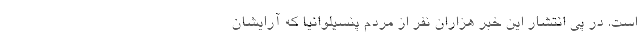
است. در پی انتشار این خبر هزاران نفر از مردم پنسیلوانیا که آرایشان